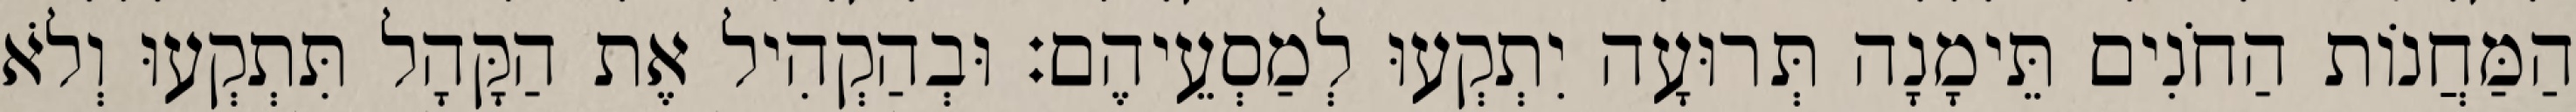
הַמַּחֲנוֹת הַחֹנִים תֵּימָנָה תְּרוּעָה יִתְקְעוּ לְמַסְעֵיהֶם׃ וּבְהַקְהִיל אֶת הַקָּהָל תִּתְקְעוּ וְלֹא